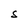
Character: S